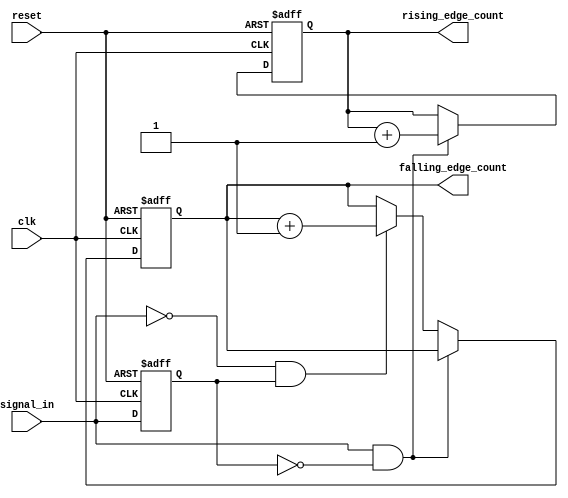
module edge_counter (
    input wire clk,                  // Clock signal
    input wire reset,                // Reset signal
    input wire signal_in,            // Input signal to be monitored
    output reg [31:0] rising_edge_count,   // Count of rising edges
    output reg [31:0] falling_edge_count   // Count of falling edges
);

    reg prev_signal;                 // Register to hold the previous state of signal_in

    // Always block triggered on rising edge of the clock
    always @(posedge clk or posedge reset) begin
        if (reset) begin
            // Reset counts on reset signal
            rising_edge_count <= 32'b0;
            falling_edge_count <= 32'b0;
            prev_signal <= 1'b0;     // Initialize previous signal state
        end else begin
            // Edge detection logic
            if (signal_in && !prev_signal) begin
                // Rising edge detected
                rising_edge_count <= rising_edge_count + 1;
            end else if (!signal_in && prev_signal) begin
                // Falling edge detected
                falling_edge_count <= falling_edge_count + 1;
            end
            // Update prev_signal to the current state of signal_in
            prev_signal <= signal_in;
        end
    end
endmodule